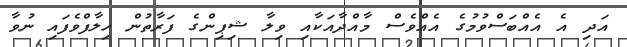
އަދި އެ އެއްބަސްވުމުގެ އެއްވެސް މާއްދާއަކާއި ވިލާ ޝިޕިންގެ ފަރާތުން ހިލާފްވެފައި ނުވާ